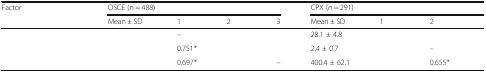
<table><thead><tr><td rowspan="2"><b>Factor</b></td><td colspan="4"><b>OSCE (n = 488)</b></td><td colspan="4"><b>CPX (<i>n</i> = 291)</b></td></tr><tr><td><b>Mean ± SD</b></td><td><b>1</b></td><td><b>2</b></td><td><b>3</b></td><td><b>Mean ± SD</b></td><td><b>1</b></td><td><b>2</b></td><td>[EMPTY_CELL]</td></tr></thead><tbody><tr><td>[EMPTY_CELL]</td><td>[EMPTY_CELL]</td><td>–</td><td>[EMPTY_CELL]</td><td>[EMPTY_CELL]</td><td>28.1 ± 4.8</td><td>[EMPTY_CELL]</td><td>[EMPTY_CELL]</td><td>[EMPTY_CELL]</td></tr><tr><td>[EMPTY_CELL]</td><td>[EMPTY_CELL]</td><td>0.751<i>*</i></td><td>[EMPTY_CELL]</td><td>[EMPTY_CELL]</td><td>2.4 ± 0.7</td><td>[EMPTY_CELL]</td><td>–</td><td>[EMPTY_CELL]</td></tr><tr><td>[EMPTY_CELL]</td><td>[EMPTY_CELL]</td><td>0.697<i>*</i></td><td>[EMPTY_CELL]</td><td>–</td><td>400.4 ± 62.1</td><td>[EMPTY_CELL]</td><td>0.655<i>*</i></td><td>[EMPTY_CELL]</td></tr></tbody></table>